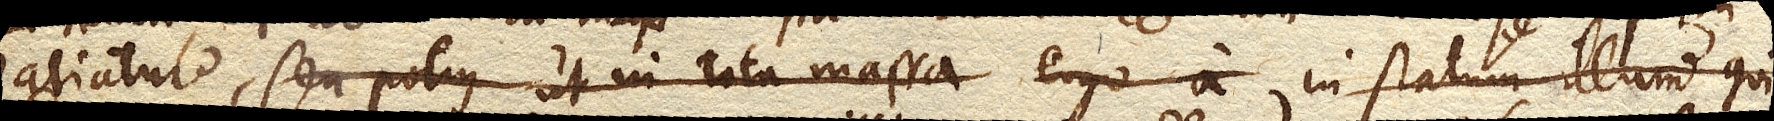
patiatur, seu potius ut in tota massa, ergo a, in statum illum qui.